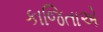
કાજિતાએ